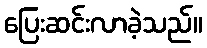
ပြေးဆင်းလာခဲ့သည်။